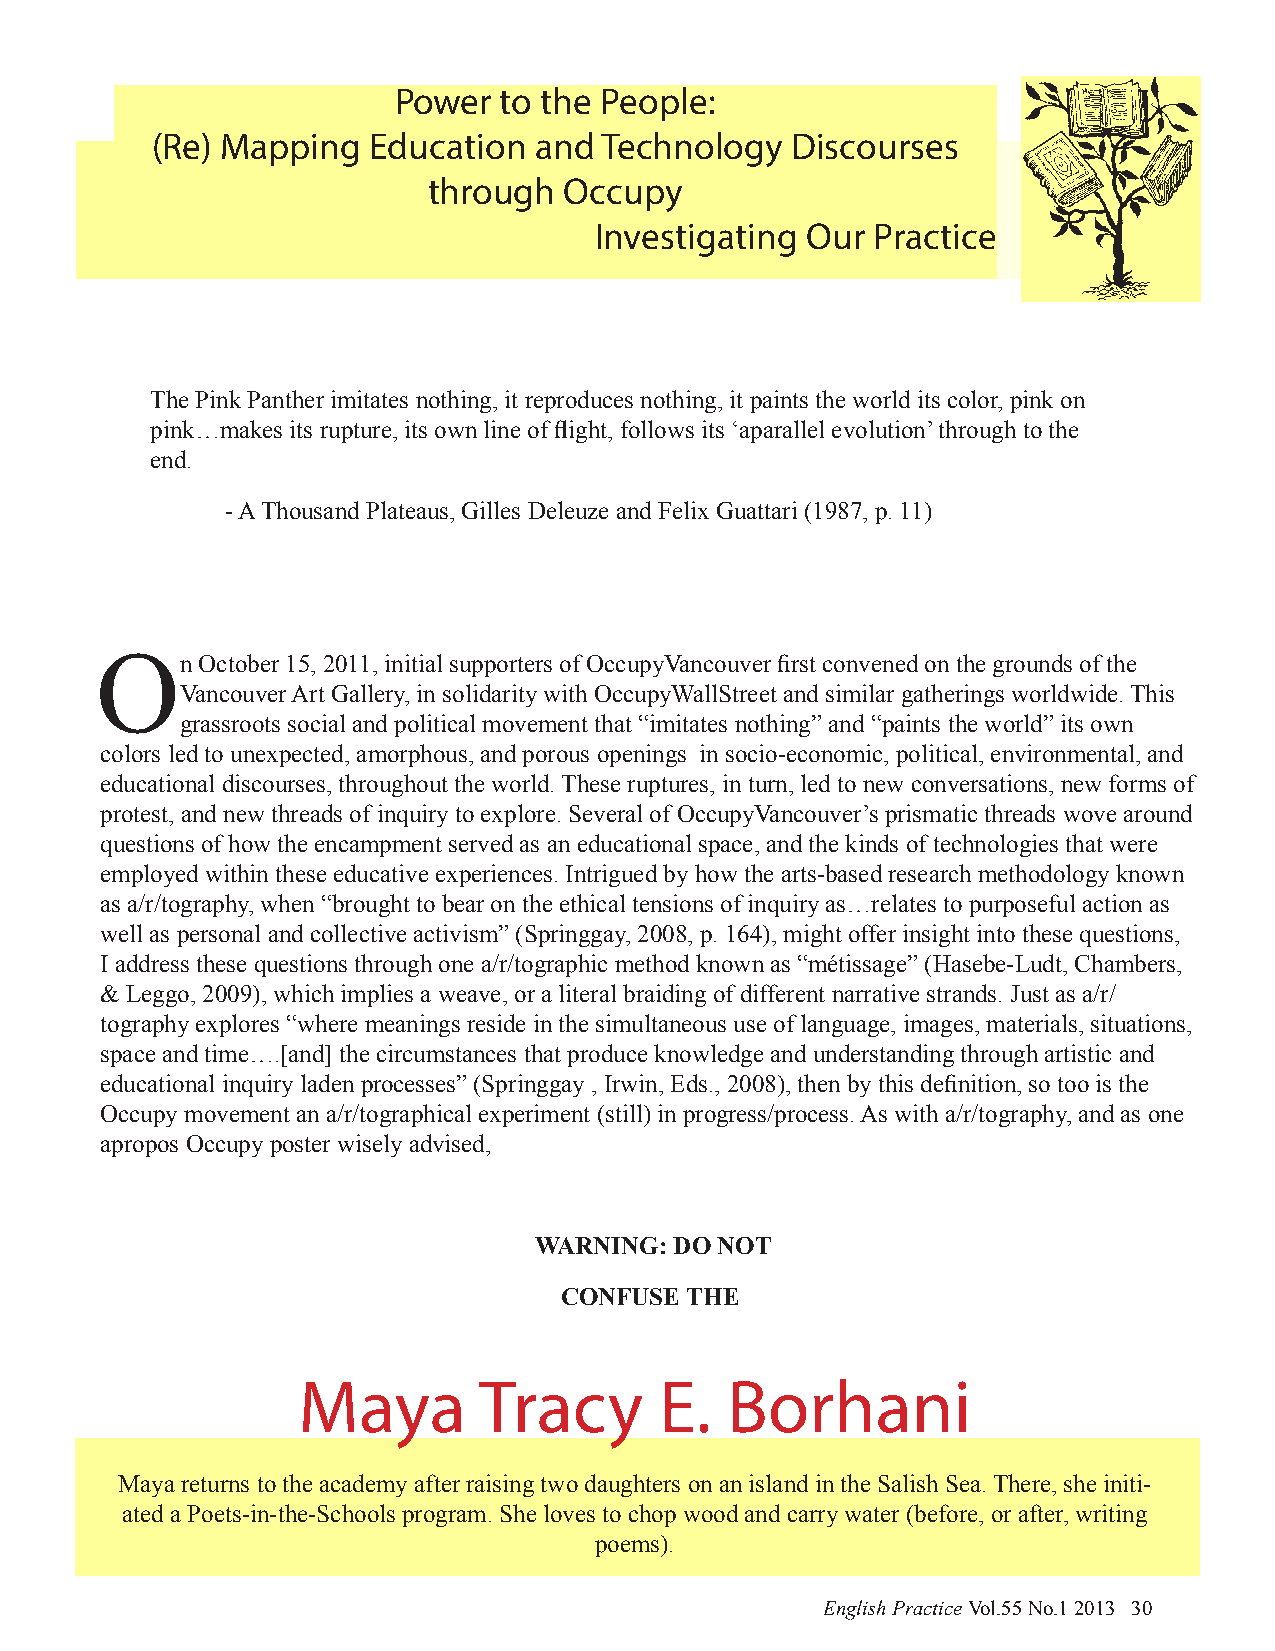
Power  to the People:
 (Re) Mapping  Education  and  Technology  Discourses
 through  Occupy
 Investigating Our  Practice
 The Pink Panther imitates nothing, it reproduces nothing, it paints the world its color, pink on
 pink…makes its rupture, its own line of flight, follows its ‘aparallel evolution’ through to the
 end.
 - A Thousand Plateaus, Gilles Deleuze and Felix Guattari (1987, p. 11)
 On     October 15, 2011, initial supporters of OccupyVancouver first convened on the grounds of the
 Vancouver Art Gallery, in solidarity with OccupyWallStreet and similar gatherings worldwide. This
 grassroots social and political movement that “imitates nothing” and “paints the world” its own
 colors led to unexpected, amorphous, and porous openings in socio-economic, political, environmental, and
 educational discourses, throughout the world. These ruptures, in turn, led to new conversations, new forms of
 protest, and new threads of inquiry to explore. Several of OccupyVancouver’s prismatic threads wove around
 questions of how the encampment served as an educational space, and the kinds of technologies that were
 employed within these educative experiences. Intrigued by how the arts-based research methodology known
 as a/r/tography, when “brought to bear on the ethical tensions of inquiry as…relates to purposeful action as
 well as personal and collective activism” (Springgay, 2008, p. 164), might offer insight into these questions,
 I address these questions through one a/r/tographic method known as “métissage” (Hasebe-Ludt, Chambers,
 & Leggo, 2009), which implies a weave, or a literal braiding of different narrative strands. Just as a/r/
 tography explores “where meanings reside in the simultaneous use of language, images, materials, situations,
 space and time….[and] the circumstances that produce knowledge and understanding through artistic and
 educational inquiry laden processes” (Springgay , Irwin, Eds., 2008), then by this definition, so too is the
 Occupy movement an a/r/tographical experiment (still) in progress/process. As with a/r/tography, and as one
 apropos Occupy poster wisely advised,
 WARNING:  DO NOT
 CONFUSE THE
 Maya        Tracy       E.  Borhani
 Maya returns to the academy after raising two daughters on an island in the Salish Sea. There, she initi-
 ated a Poets-in-the-Schools program. She loves to chop wood and carry water (before, or after, writing
 poems).
 English Practice Vol.55 No.1 2013 30